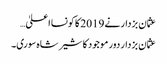
عثمان بزدار نے 2019 کا کونسا اعلیٰ…
عثمان بزدار دور موجود کا شیر شاہ سوری۔